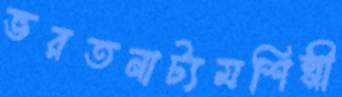
ভরতনাট্যমশিল্পী